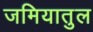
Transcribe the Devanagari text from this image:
जमियातुल